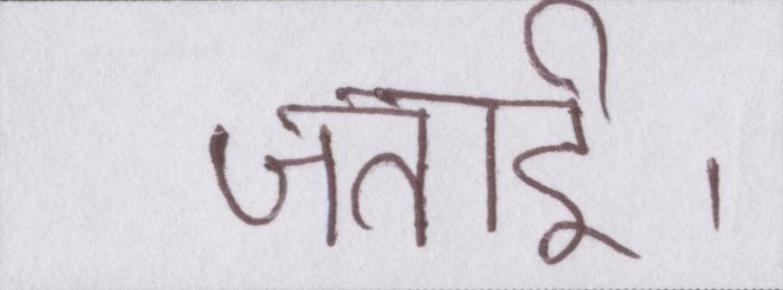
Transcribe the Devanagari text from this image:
जताई।